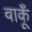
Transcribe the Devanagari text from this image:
वाकूँ